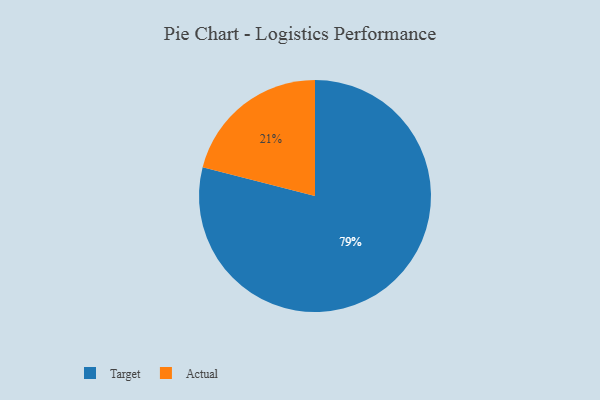
{"axis": {"x": "Category", "y": "Percentage"}, "legend": ["Actual", "Target"], "data": [{"x": "Actual", "y": 21, "type": "Actual"}, {"x": "Target", "y": 79, "type": "Target"}]}